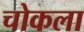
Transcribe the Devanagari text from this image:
चोकला